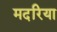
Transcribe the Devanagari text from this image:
मदरिया